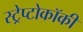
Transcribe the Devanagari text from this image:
स्ट्रेप्टोकॉकी